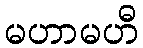
မဟာမဟီ